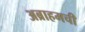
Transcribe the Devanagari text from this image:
अब्राहमची